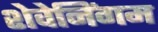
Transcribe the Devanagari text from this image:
शेवेनिंगम